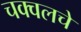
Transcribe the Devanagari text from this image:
चक्वलचे